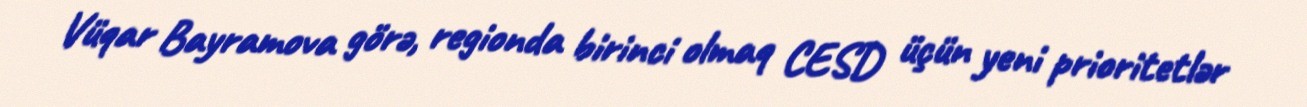
Vüqar Bayramova görə, regionda birinci olmaq CESD üçün yeni prioritetlər